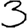
Digit: 3